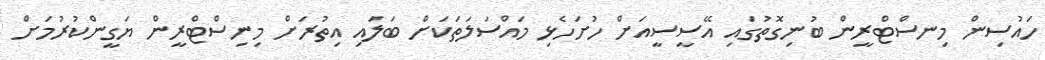
ހައުސިން މިނސްޓްރީން ބުނިގޮތުގައި އޭސީސީއަށް ހުށަހެޅި މައްސަލަތަކަށް ބަލައި އިތުރަށް މިނިސްޓްރީން ޔަގީންކުރުމަށް